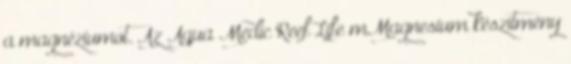
a magnéziumot. Az Aqua Medic Reef Life mMagnesium készítmény